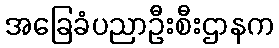
အခြေခံပညာဦးစီးဌာနက